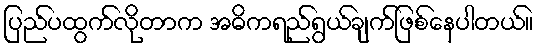
ပြည်ပထွက်လိုတာက အဓိကရည်ရွယ်ချက်ဖြစ်နေပါတယ်။